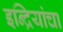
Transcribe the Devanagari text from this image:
इन्द्रियांचा